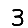
Digit: 3